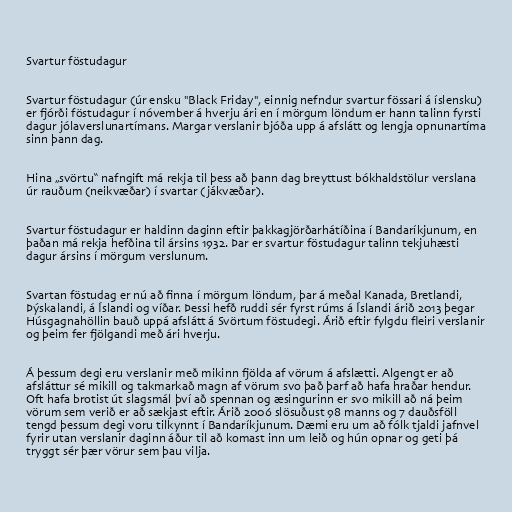
Svartur föstudagur

Svartur föstudagur (úr ensku "Black Friday", einnig nefndur svartur fössari á íslensku)
er fjórði föstudagur í nóvember á hverju ári en í mörgum löndum er hann talinn fyrsti
dagur jólaverslunartímans. Margar verslanir bjóða upp á afslátt og lengja opnunartíma
sinn þann dag.

Hina „svörtu“ nafngift má rekja til þess að þann dag breyttust bókhaldstölur verslana
úr rauðum (neikvæðar) í svartar (jákvæðar).

Svartur föstudagur er haldinn daginn eftir þakkagjörðarhátíðina í Bandaríkjunum, en
þaðan má rekja hefðina til ársins 1932. Þar er svartur föstudagur talinn tekjuhæsti
dagur ársins í mörgum verslunum.

Svartan föstudag er nú að finna í mörgum löndum, þar á meðal Kanada, Bretlandi,
Þýskalandi, á Íslandi og víðar. Þessi hefð ruddi sér fyrst rúms á Íslandi árið 2013 þegar
Húsgagnahöllin bauð uppá afslátt á Svörtum föstudegi. Árið eftir fylgdu fleiri verslanir
og þeim fer fjölgandi með ári hverju.

Á þessum degi eru verslanir með mikinn fjölda af vörum á afslætti. Algengt er að
afsláttur sé mikill og takmarkað magn af vörum svo það þarf að hafa hraðar hendur.
Oft hafa brotist út slagsmál því að spennan og æsingurinn er svo mikill að ná þeim
vörum sem verið er að sækjast eftir. Árið 2006 slösuðust 98 manns og 7 dauðsföll
tengd þessum degi voru tilkynnt í Bandaríkjunum. Dæmi eru um að fólk tjaldi jafnvel
fyrir utan verslanir daginn áður til að komast inn um leið og hún opnar og geti þá
tryggt sér þær vörur sem þau vilja.